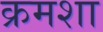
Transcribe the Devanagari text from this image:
क्रमशा